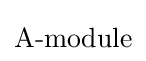
{\textstyle \operatorname {A-module} }